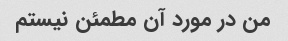
من در مورد آن مطمئن نیستم